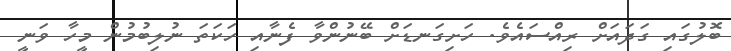
ބޮލުގައި ގަދައަށް ރިއްސައެވެ. ހަށިގަނޑަށް ބޭނުންވާ ފެނާއި ހަކަތަ ނުލިބުމުން މީހާ ވަނީ